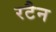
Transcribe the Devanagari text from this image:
रटैन